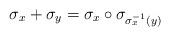
LaTeX: \begin{align*}\sigma_x+\sigma_y=\sigma_x\circ \sigma_{\sigma^{-1}_x(y)}\end{align*}